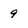
Character: 9